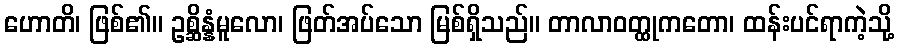
ဟောတိ၊ ဖြစ်၏။ ဥစ္ဆိန္နံမူလော၊ ဖြတ်အပ်သော မြစ်ရှိသည်။ တာလာဝတ္ထုကတော၊ ထန်းပင်ရာကဲ့သို့